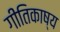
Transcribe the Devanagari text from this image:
गीतिकाष्य